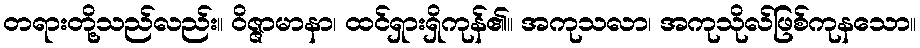
တရားတို့သည်လည်း။ ဝိဇ္ဇာမာနာ၊ ထင်ရှားရှိကုန်၏။ အကုသလာ၊ အကုသိုလ်ဖြစ်ကုနသော။